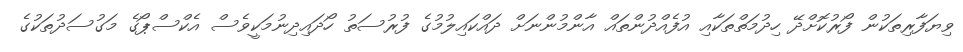
ވިޔަފާރިތަކުން ފޯރުކޮށްދޭ ހިދުމަތްތަކާއި އުފެއްދުންތައް އާންމުންނަށް ދައްކައިލުމުގެ ފުރުސަތު ހޯދައިދިނުމަކީވެސް އެކްސްޕޯގެ މަގުސަދުތަކުގެ